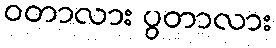
ဝတာလား ပွတာလား